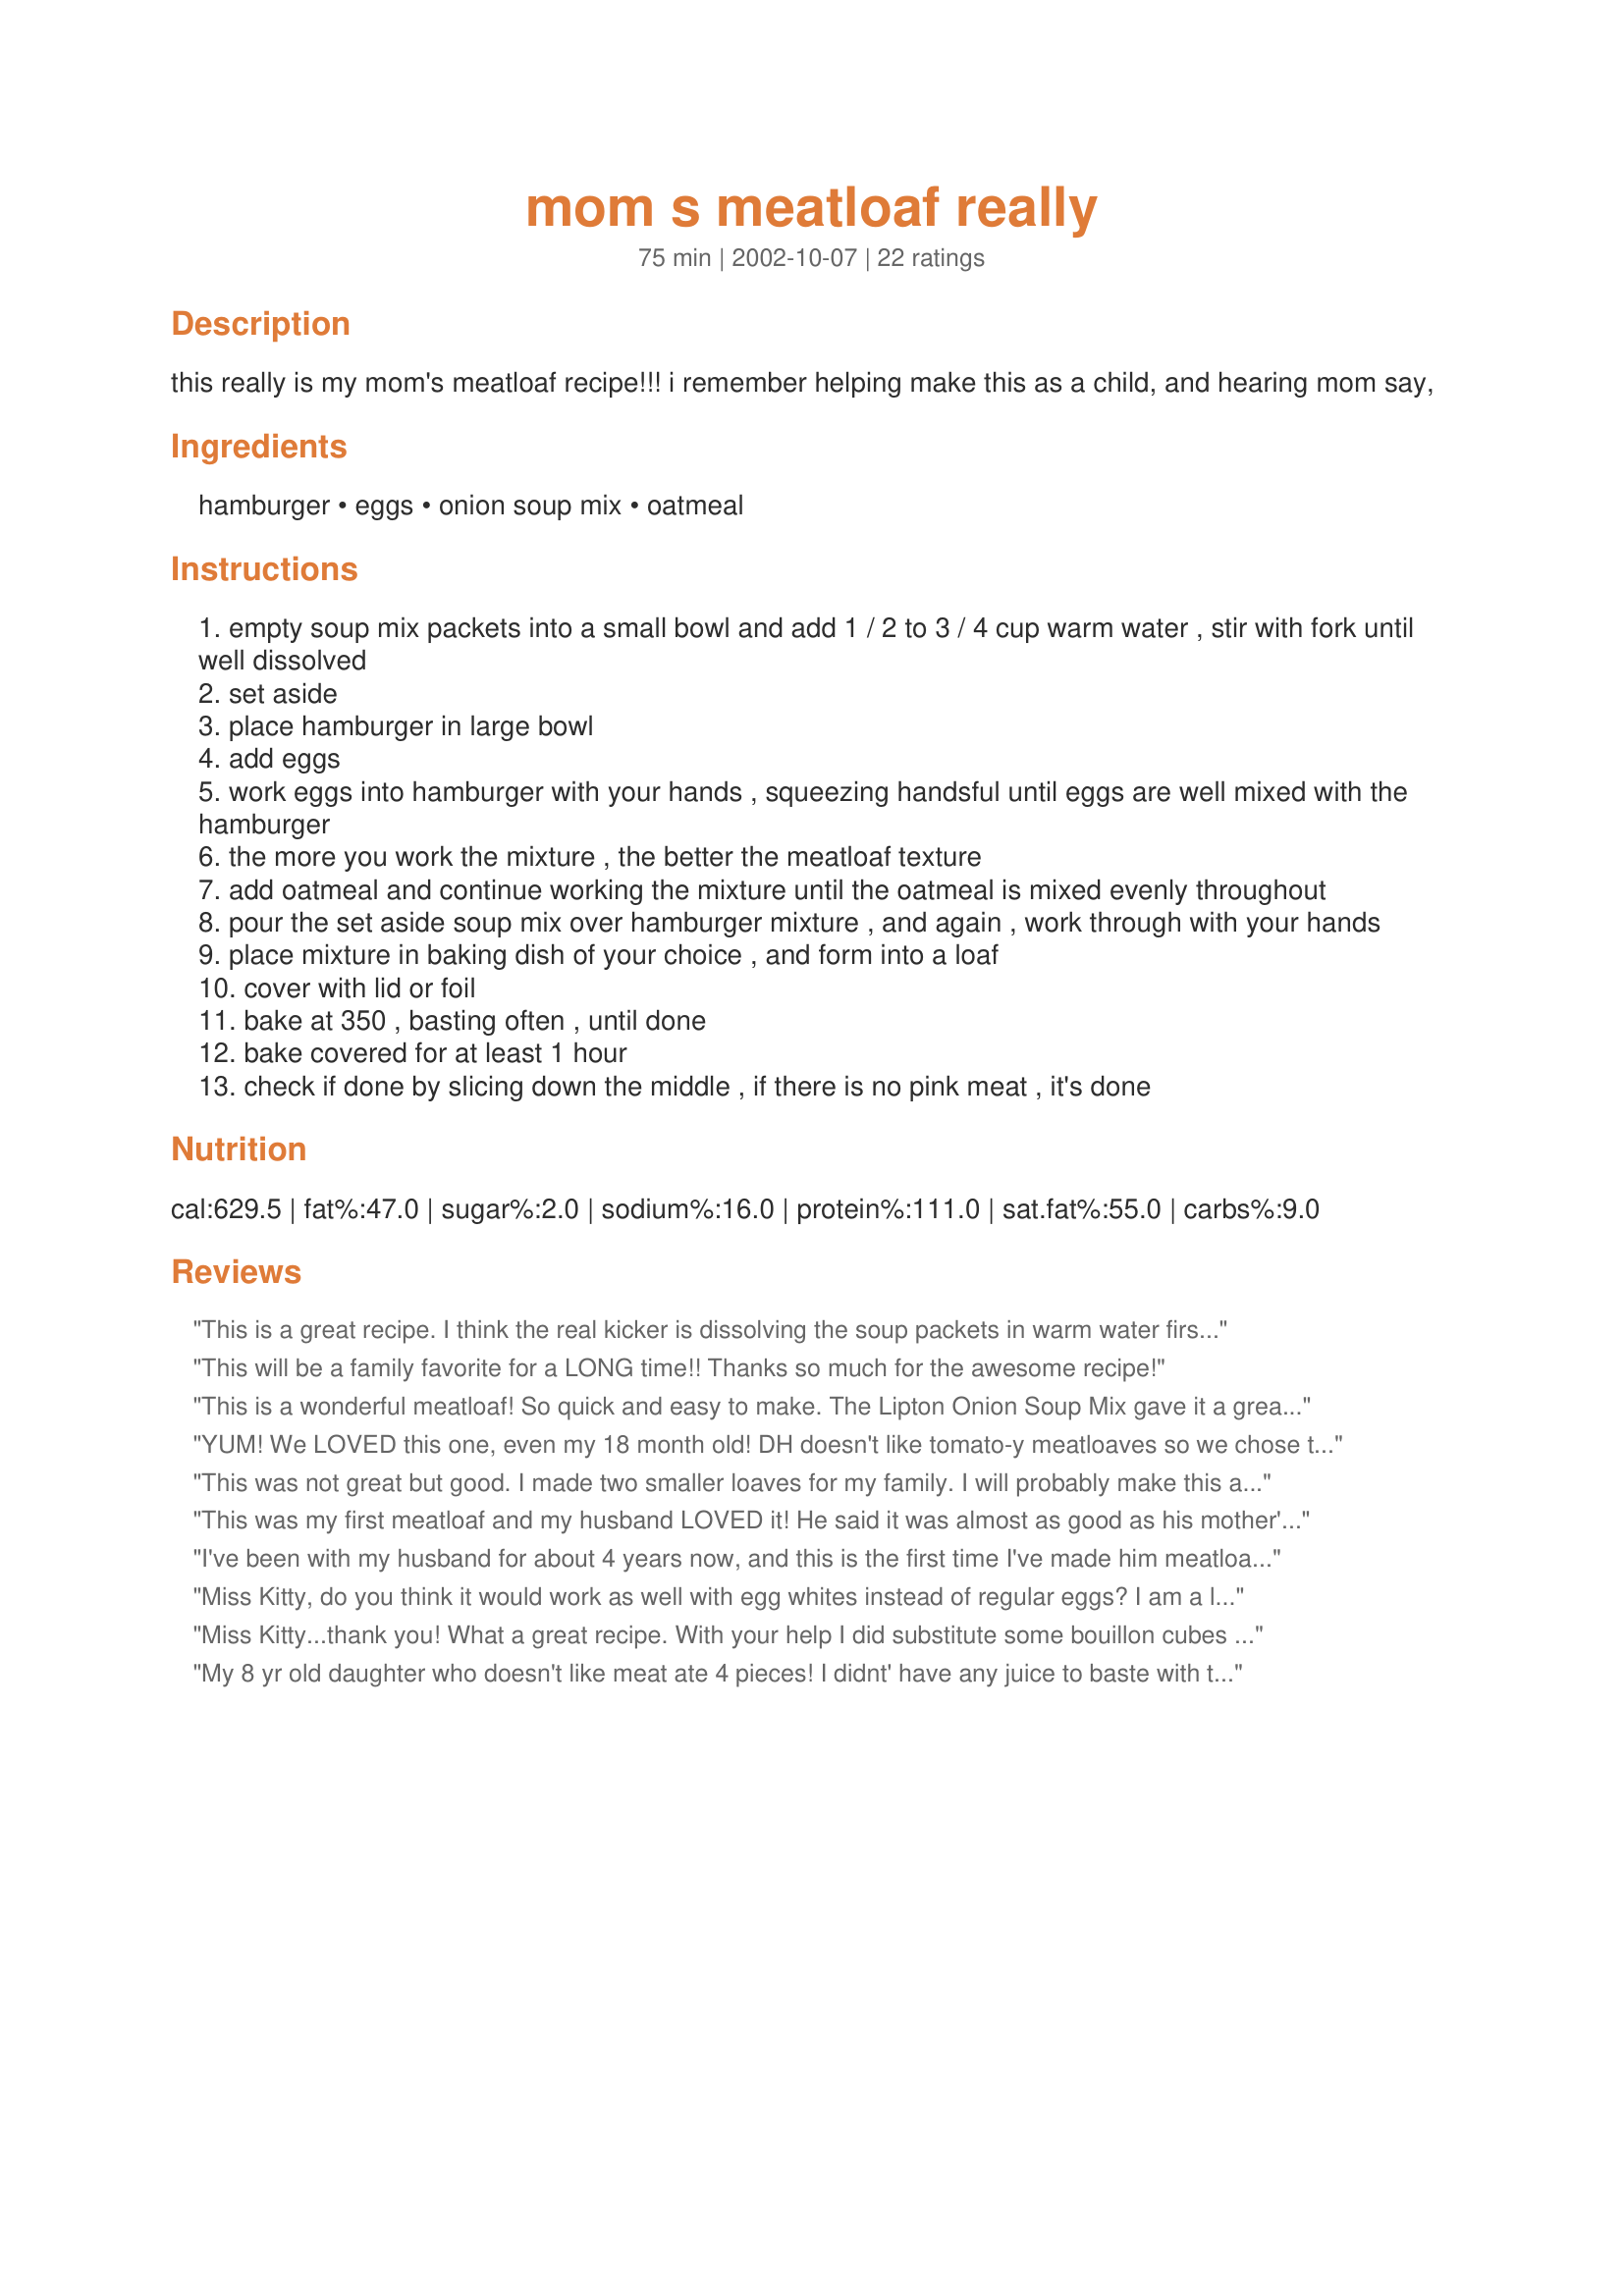
mom s meatloaf really
Preparation time: 75 minutes

this really is my mom's meatloaf recipe!!! i remember helping make this as a child, and hearing mom say,

Ingredients:
hamburger, eggs, onion soup mix, oatmeal

Steps:
empty soup mix packets into a small bowl and add 1 / 2 to 3 / 4 cup warm water , stir with fork until well dissolved
set aside
place hamburger in large bowl
add eggs
work eggs into hamburger with your hands , squeezing handsful until eggs are well mixed with the hamburger
the more you work the mixture , the better the meatloaf texture
add oatmeal and continue working the mixture until the oatmeal is mixed evenly throughout
pour the set aside soup mix over hamburger mixture , and again , work through with your hands
place mixture in baking dish of your choice , and form into a loaf
cover with lid or foil
bake at 350 , basting often , until done
bake covered for at least 1 hour
check if done by slicing down the middle , if there is no pink meat , it's done

Reviews:
This is a great recipe. I think the real kicker is dissolving the soup packets in warm water first. My dad claims he doesn't like meatloaf with onion soup mix. He didn't notice it was in this one. I halved the recipe & baked it in one of those meatloaf pan sets, where it drains as it cooks. I also covered it per your instructions. I had to cook it for an hour and a half in my oven, but that's fine. Thanks for a recipe I'll definitely be making again.
This will be a family favorite for a LONG time!! Thanks so much for the awesome recipe!
This is a wonderful meatloaf! So quick and easy to make. The Lipton Onion Soup Mix gave it a great flavor and everyone loved it. Thank so so much Miss Kitty (and Miss Kitty's Mom). I will be making this over and over again. :-)

YUM! We LOVED this one, even my 18 month old! DH doesn't like tomato-y meatloaves so we chose this recipe. I basted it with a little tomato sauce, but he didn't seem to notice. ;) I used a double batch of <a href="/186221">Sub. for 1 Envelope Onion Soup Mix</a> in place of the onion soup packets and had to bake for about an hour and 20 minutes. This came out moist and wondeful! This will make great sandwiches tomorrow with the leftovers! Could easily be dressed up with tomato paste, sauce, or ketchup for the tomato lover like me! :) Thanks a bunch, Miss Kitty!
This was not great but good. I made two smaller loaves for my family. I will probably make this again as meatballs.
This was my first meatloaf and my husband LOVED it! He said it was almost as good as his mother's lol. I will definately be making this again! I added some garlic as well.
I've been with my husband for about 4 years now, and this is the first time I've made him meatloaf...due to the fact he's always told me how much he hates meatloaf. Well, he ate 2 BIG slices of this! I actually didn't have any Lipton soup mix on hand...all I had was some Knorr French Onion soup mix, so I used it, and it still gave the meatloaf a great flavor. The only negative thing I could say is that the loaf was a tad dry...what was I supposed to be basting with??
Anyway, I'm sure we'll make this again in my house!
Miss Kitty, do you think it would work as well with egg whites instead of regular eggs? I am a lifetime member of WW and always looking for a way to cut down on the fat content of recipes....Thanks!
Miss Kitty...thank you! What a great recipe. With your help I did substitute some bouillon cubes and dried onion & chives for the soup mix (to avoid the MSG).

The oatmeal made this hold up so much better than bread crumbs...and please tell Mom I had no "shoe leather bottom". Basting was the key. This was even better the next day on a sandwich.

Thanks again!
My 8 yr old daughter who doesn't like meat ate 4 pieces! I didnt' have any juice to baste with though, not sure what happened. I split into two loafs in non stick metal bread loaf pans, so maybe that's why.
Finally I find a meatloaf recipe that my kids will eat. very good and your mom was right, this is a keeper!!
Loved it! Added ketchup. So easy!
I used ground chuck, otherwise made the recipe as described. I still need to work on getting that delicious &quot;bark&quot; around the meatloaf. Thank you for the share, this is my go to recipe for meatloaf now.
I love easy recipes! I used ground turkey, added some ketchup, garlic, and made a ketchup sauce for the top. There was nothing to baste, but the sauce helped. It was moist, tasty and easy. Thanks!
Miss Kitty.....you are my hero!! I have tinkered with meatloaf recipes before and have never found the perfect one. Now I have it!! It must be the combination of simple ingredients and the "squeezing, squeezing, squeezing"!!! The texture was perfect and it didn't fall apart when I cut it. Can't wait till lunch tomorrow...cause me favourite part of meatloaf is always the sandwiches we have the next day. Thanks a ton!!
For my tastes, it was a tad bit on the bland side. It's a very dense, dry-ish loaf which definitely would be great the next day for sandwiches and also great for meatballs as someone else stated. I would make this again, but would add some kind of "sauce on the side" or saude to the top while it's cooking and most definitely would use it for meatballs.
Very nice! This was my first time making meatloaf and my own mother was jealous. I used one Lipton Onion and one Onion and Mushroom. It held together nicely and makes for a very good leftover. Thanks!
This was a very nice meatloaf. I used recipe#186221 for the onion soup mix since I'd rather make the mix instead of buying a store brand. I halved the recipe since it's just the two of us here at home and it still was more than enough for 2 people. Baked covered as stated in the recipe and uncovered for a extra 15 minutes to brown the top alittle.
Served this with Recipe#145450, Recipe#110416 and homemade bread. Thanks for sharing the recipe. It was a delicious dinner :)
Hey finally found a meatloaf recipe that don't have all the chunks of pepper & onions, my boyfriend & his parent's really like it it's a keeper for sure

 dippy
Very good. Juicy, not dry at all. Not perfect but not bad at all =) Thanks a lot.
Easy to fix but it was really bland to my family. I would try it again but add some extra spices, cheese and a sauce on top.
The oatmeal taste seemed really overwhelming. We added some italian seasoning and seasoned salt and it was better.
Excellent meatloaf! I will be making it again.
